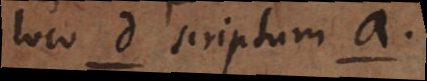
loco d scriptum a.